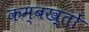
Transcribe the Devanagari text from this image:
कम्बख़्तों